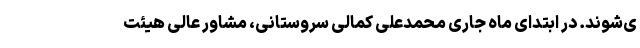
ی‌شوند. در ابتدای ماه جاری محمدعلی کمالی سروستانی، مشاور عالی هیئت